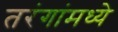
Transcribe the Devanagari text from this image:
तरंगांमध्ये